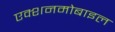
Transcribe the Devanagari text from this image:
एक्शनमोबाइल